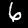
Digit: 6